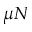
\mu N